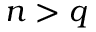
n > q